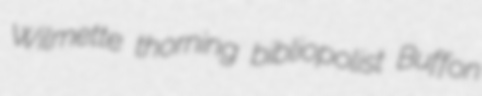
Wilmette thorning bibliopolist Buffon